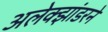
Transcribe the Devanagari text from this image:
अलेक्झांडरने